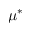
\mu ^ { * }